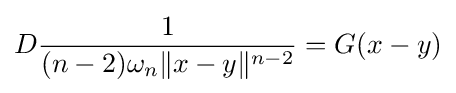
D{\frac {1}{(n-2)\omega _{n}\|x-y\|^{n-2}}}=G(x-y)